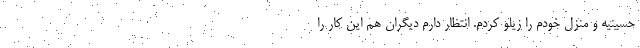
حسینیه و منزل خودم را زیلو کردم. انتظار دارم دیگران هم این کار را